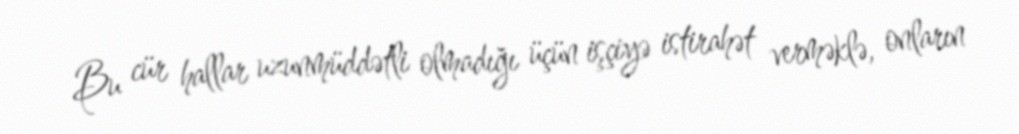
Bu cür hallar uzunmüddətli olmadığı üçün işçiyə istirahət verməklə, onların